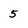
Character: 5